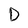
Character: D